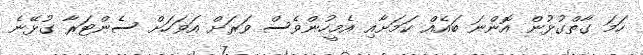
ހަމަ ގާތްގުޅުން އޮންނަ ބައެއް ކަމަށާއި އެމީހުންވެސް ވަރަށް އަވަހަށް ސެންޓަރާ ގުޅޭނެ